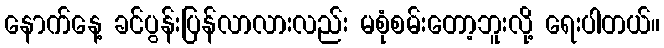
နောက်နေ့ ခင်ပွန်းပြန်လာလားလည်း မစုံစမ်းတော့ဘူးလို့ ရေးပါတယ်။